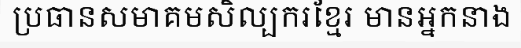
ប្រធានសមាគមសិល្បករខ្មែរ មានអ្នកនាង